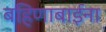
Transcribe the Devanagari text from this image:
बहिणाबाईना